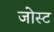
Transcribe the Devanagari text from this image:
जोस्ट